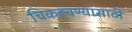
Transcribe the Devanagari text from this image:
चिकटवण्यासाठी